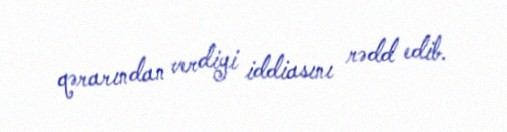
qərarından verdiyi iddiasını rədd edib.